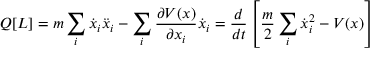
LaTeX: Q [ L ] = m \sum _ { i } { \dot { x } } _ { i } { \ddot { x } } _ { i } - \sum _ { i } { \frac { \partial V ( x ) } { \partial x _ { i } } } { \dot { x } } _ { i } = { \frac { d } { d t } } \left[ { \frac { m } { 2 } } \sum _ { i } { \dot { x } } _ { i } ^ { 2 } - V ( x ) \right]